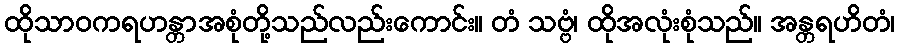
ထိုသာဝကရဟန္တာအစုံတို့သည်လည်းကောင်း။ တံ သဗ္ဗံ၊ ထိုအလုံးစုံသည်။ အန္တရဟိတံ၊